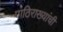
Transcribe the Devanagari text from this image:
पाठिराख्यांची